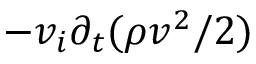
- v _ { i } \partial _ { t } ( \rho v ^ { 2 } / 2 )